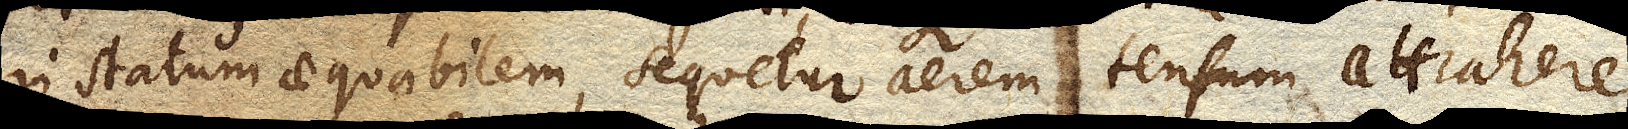
in statum aequabilem, sequetur aerem tensum attrahere